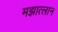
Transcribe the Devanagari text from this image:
मझात्लान